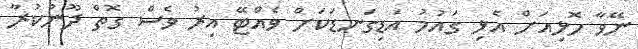
ނޭވާ ހޮޅިއަށް އެޅި ގައުމު އަޑިގަނޑަކަށް ވެއްޓޭ އިރު ވެސް ގޮތް ދޫނުކުރާ